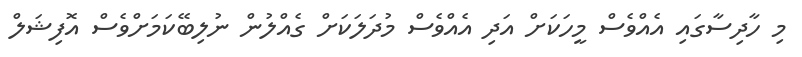
މި ހާދިސާގައި އެއްވެސް މީހަކަށް އަދި އެއްވެސް މުދަލަކަށް ގެއްލުން ނުލިބޭކަމަށްވެސް އޮފިޝަލް